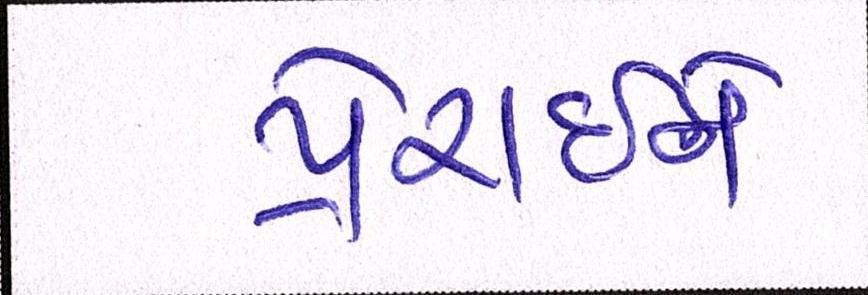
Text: પ્રેરાઇને